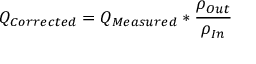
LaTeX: Q _ { C o r r e c t e d } = Q _ { M e a s u r e d } * { \frac { \rho _ { O u t } } { \rho _ { I n } } } \,